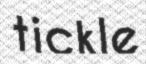
tickle